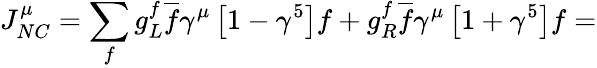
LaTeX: J_{NC}^{\mu}=\sum_{f}g_{L}^{f}\overline{{f}}\gamma^{\mu}\left[1-\gamma^{5}\right]f+g_{R}^{f}\overline{{f}}\gamma^{\mu}\left[1+\gamma^{5}\right]f=